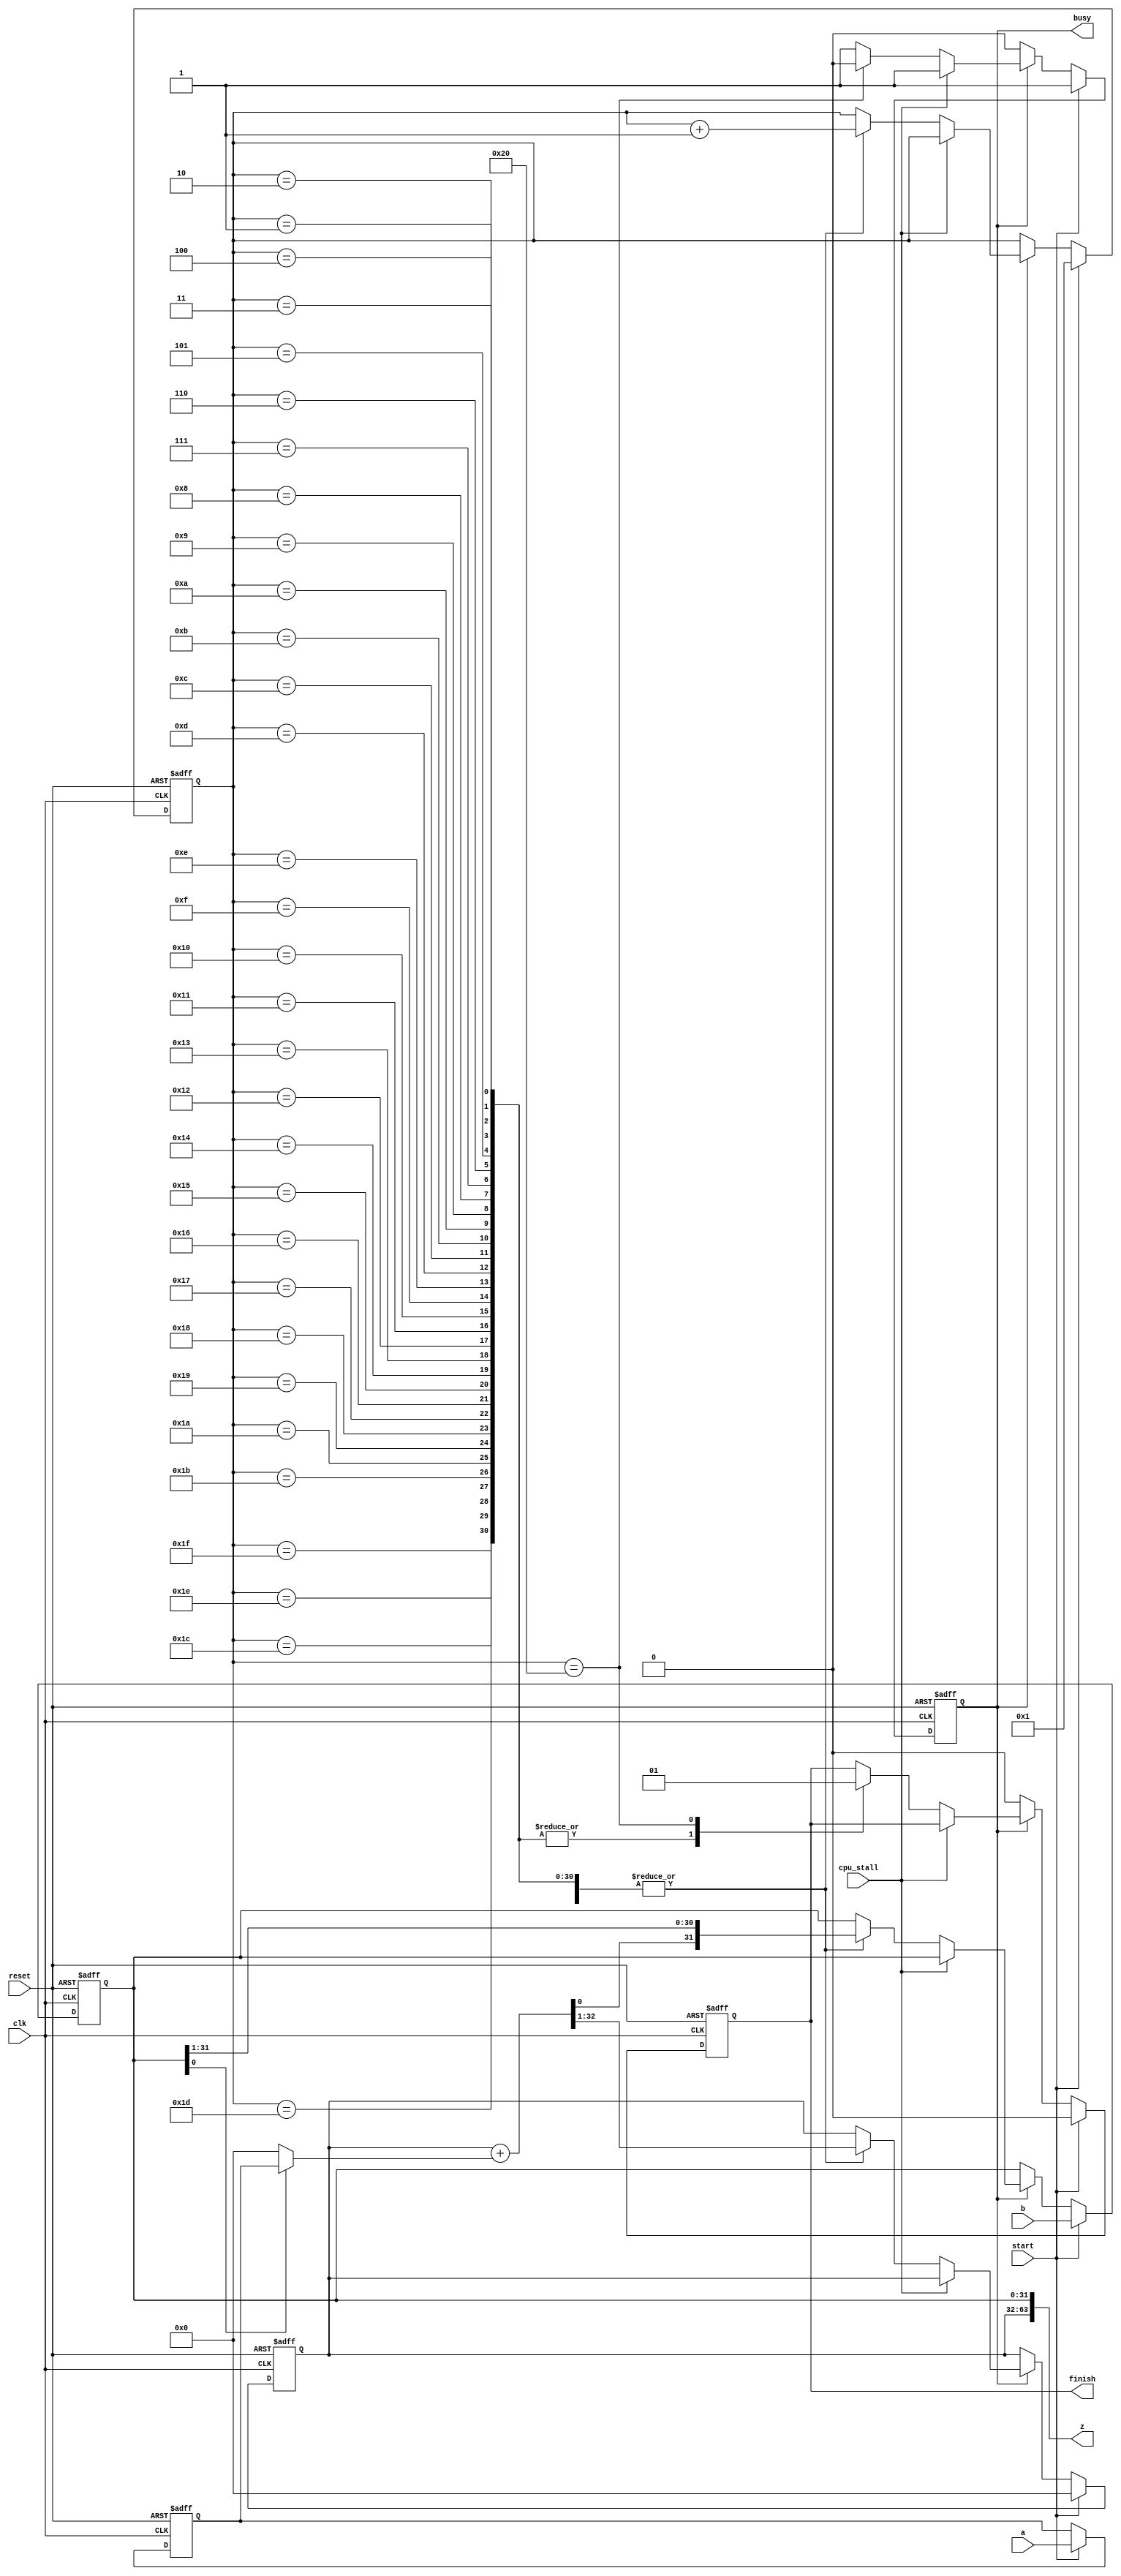
`timescale 1ns / 1ps
//////////////////////////////////////////////////////////////////////////////////
// Company: 
// Engineer: 
// 
// Design Name: 
// Module Name: MULTU
// Project Name: 
// Target Devices: 
// Tool Versions: 
// Description: 
// 
// Dependencies: 
// 
// Revision:
// Revision 0.01 - File Created
// Revision 1.01 - multi periods
// Additional Comments:
// testing
//////////////////////////////////////////////////////////////////////////////////

module MULTU(
    input clk,
    input reset,    //active high
    input start,
    input [31:0] a, //multiplicand
    input [31:0] b, //multiplier
    output [63:0] z,
    output reg busy,
    output reg finish,

    //for program in
    input cpu_stall
    );
    
    reg [5:0] cnt;
    reg [31:0] multa,multb;
    reg [31:0] multpart;
    reg shiftr;
    wire cf;
    wire [31:0] add;
    
    assign z={multpart,multb};
    assign {cf,add}={1'b0,multpart}+{1'b0,(multb[0]?multa:32'b0)};
    always@(posedge clk or posedge reset)
    begin
        if(reset) begin
            cnt<=0;
            multa<=0;
            multb<=0;
            multpart<=0;
            busy<=0;
            finish<=0;
        end
        else begin
            if(start) begin
                cnt<=1;
                multa<=a;
                multb<=b;
                multpart<=0;
                busy<=1;
                finish<=0;
            end else if(busy) begin
                if (!cpu_stall) begin
                    case(cnt)
                        1,2,3,4,5,6,7,8,9,10,11,12,13,14,15,16,17,18,19,20,21,22,23,24,25,26,27,28,29,30,31: begin
                            {multpart,multb,shiftr}<={cf,add,multb};
                            cnt<=cnt+1;
                            finish<=0;
                        end
                        32: begin
                            {multpart,multb,shiftr}<={cf,add,multb};
                            cnt<=cnt+1;
                            busy<=0;
                            finish<=1;
                        end
                        default: begin end
                    endcase
                end
            end
            else
                finish<=0;
        end
    end
endmodule